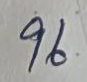
96